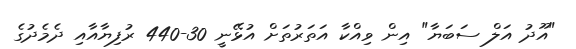
"އޫދު އަލް ސަބަޔާ" އިން ވިއްކާ އަތަރުތަށް އުޅޭނީ 30-440 ރުފިޔާއާއި ދެމެދުގެ